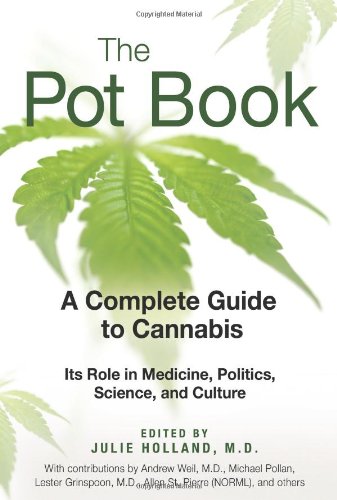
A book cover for The Pot Book: A Complete Guide to Cannabis; Humor & Entertainment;